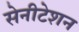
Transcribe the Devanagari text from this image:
सेनीटेशन